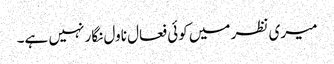
میری نظر میں کوئی فعال ناول نگار نہیں ہے۔